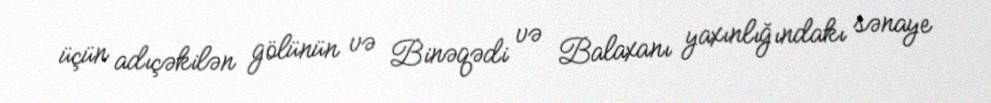
üçün adıçəkilən gölünün və Binəqədi və Balaxanı yaxınlığındakı sənaye